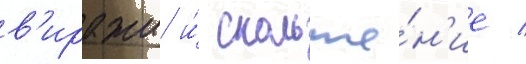
в'иражи и́ скольже́н'ие /